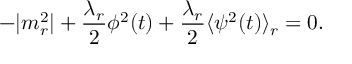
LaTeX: - | m _ { r } ^ { 2 } | + \frac { \lambda _ { r } } { 2 } \phi ^ { 2 } ( t ) + \frac { \lambda _ { r } } { 2 } \langle \psi ^ { 2 } ( t ) \rangle _ { r } = 0 .